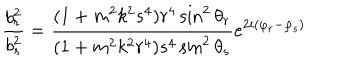
LaTeX: \frac { b _ { r } ^ { 2 } } { b _ { s } ^ { 2 } } = \frac { ( 1 + m ^ { 2 } k ^ { 2 } s ^ { 4 } ) r ^ { 4 } \sin ^ { 2 } \theta _ { r } } { ( 1 + m ^ { 2 } k ^ { 2 } r ^ { 4 } ) s ^ { 4 } \sin ^ { 2 } \theta _ { s } } e ^ { 2 i ( \varphi _ { r } - \varphi _ { s } ) }